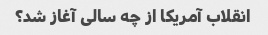
انقلاب آمریکا از چه سالی آغاز شد؟